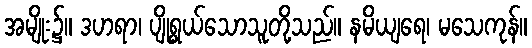
အမျိုး၌။ ဒဟရာ၊ ပျိုရွယ်သောသူတို့သည်။ နမိယျရေ၊ မသေကုန်။